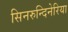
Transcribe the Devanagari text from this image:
सिनरुन्दिनेरिया